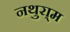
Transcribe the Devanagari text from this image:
नथुरा्म